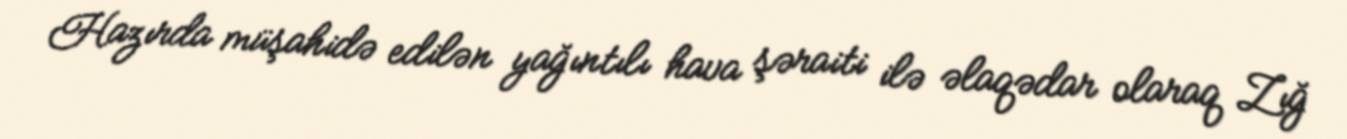
Hazırda müşahidə edilən yağıntılı hava şəraiti ilə əlaqədar olaraq Zığ